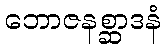
ဘောဇနစ္ဆာဒနံ